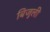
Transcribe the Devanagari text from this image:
बिजुली